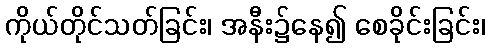
ကိုယ်တိုင်သတ်ခြင်း၊ အနီး၌နေ၍ စေခိုင်းခြင်း၊